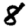
Digit: 8